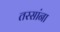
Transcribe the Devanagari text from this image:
तरसांना